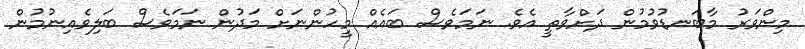
މިންވަރު މާބަނޑުވުމުން ދަށްވާތީ އެވެ. ނަމަވެސް ބައެއް މީހުންނަށް މަދުން ނަމަވެސް ބަލިވެއިނުމުން